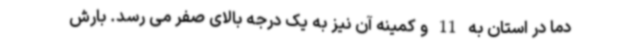
دما در استان به 11 و کمینه آن نیز به یک درجه بالای صفر می رسد. بارش